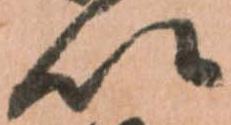
以